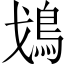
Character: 𩾷